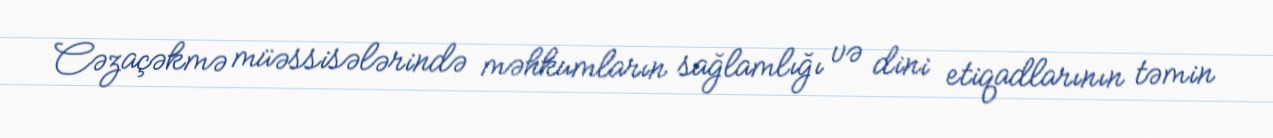
Cəzaçəkmə müəssisələrində məhkumların sağlamlığı və dini etiqadlarının təmin